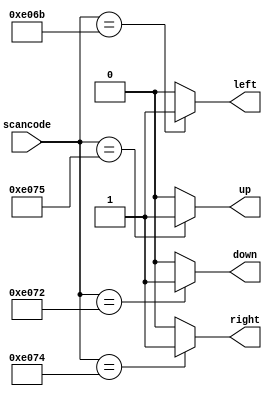
/*
Suppose you're building a circuit to process scancodes from a PS/2 keyboard for a game. Given the last two bytes of scancodes received, you need to 
indicate whether one of the arrow keys on the keyboard have been pressed. This involves a fairly simple mapping, which can be implemented as a case 
statement (or if-elseif) with four cases.
*/

module top_module (
    input [15:0] scancode,
    output reg left,
    output reg down,
    output reg right,
    output reg up  ); 
    parameter left_a	= 16'he06b;
    parameter down_a 	= 16'he072;
    parameter right_a 	= 16'he074;
    parameter up_a 	    = 16'he075;
    always@(*)
        begin
            up		=0;
            down	=0;
            right	=0;
            left	=0;
            case(scancode)
                left_a	:left  = 1'b1;
                down_a	:down  = 1'b1;
                right_a	:right = 1'b1;
            	up_a	:up	   = 1'b1;
              
           endcase
        end
endmodule